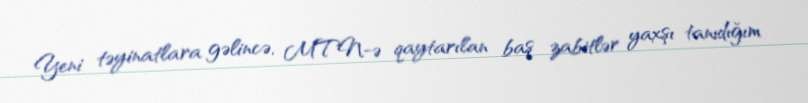
Yeni təyinatlara gəlincə, MTN-ə qaytarılan baş zabitlər yaxşı tanıdığım